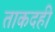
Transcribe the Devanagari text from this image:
ताकदही